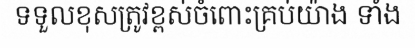
ទទួលខុសត្រូវខ្ពស់ចំពោះគ្រប់យ៉ាង ទាំង